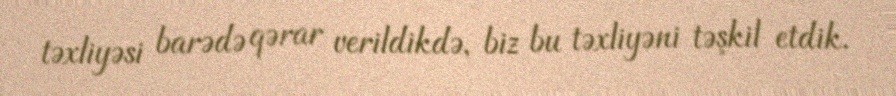
təxliyəsi barədə qərar verildikdə, biz bu təxliyəni təşkil etdik.